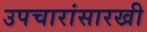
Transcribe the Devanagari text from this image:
उपचारांसारखी